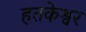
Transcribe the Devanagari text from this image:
हतकेश्वर